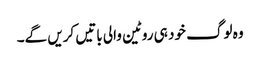
وہ لوگ خود ہی روٹین والی باتیں کریں گے۔